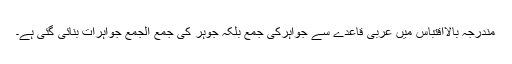
مُندرجہ بالااِقتباس میں عربی قاعدے سے جواہِرکی جمع بلکہ جوہر کی جمع الجمع جواہرات بنائی گئی ہے۔